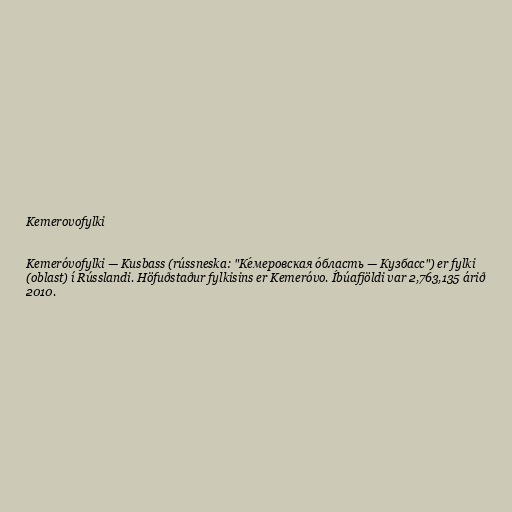
Kemerovofylki

Kemeróvofylki — Kusbass (rússneska: "Ке́меровская о́бласть — Кузбасс") er fylki
(oblast) í Rússlandi. Höfuðstaður fylkisins er Kemeróvo. Íbúafjöldi var 2,763,135 árið
2010.